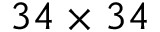
3 4 \times 3 4